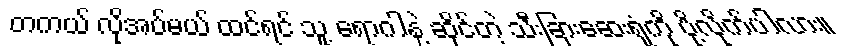
တကယ် လိုအပ်မယ် ထင်ရင် သူ့ ရောဂါနဲ့ ဆိုင်တဲ့ သီးခြားဆေးရုံကို ပို့လိုက်ပါလား။